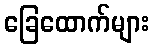
ခြေထောက်များ